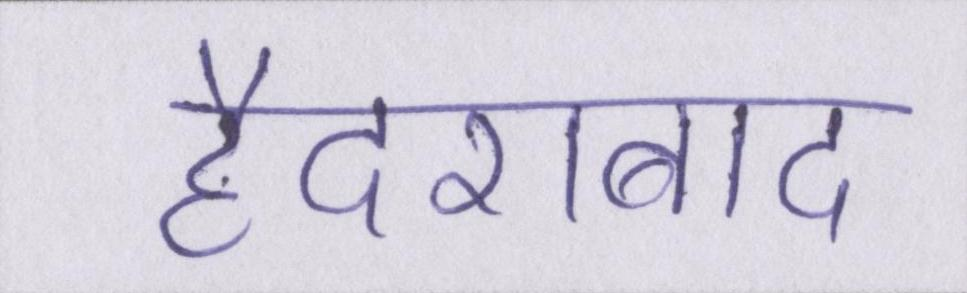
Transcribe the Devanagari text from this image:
हैदराबाद